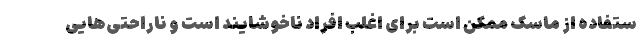
ستفاده از ماسک ممکن است برای اغلب افراد ناخوشایند است و ناراحتی‌هایی